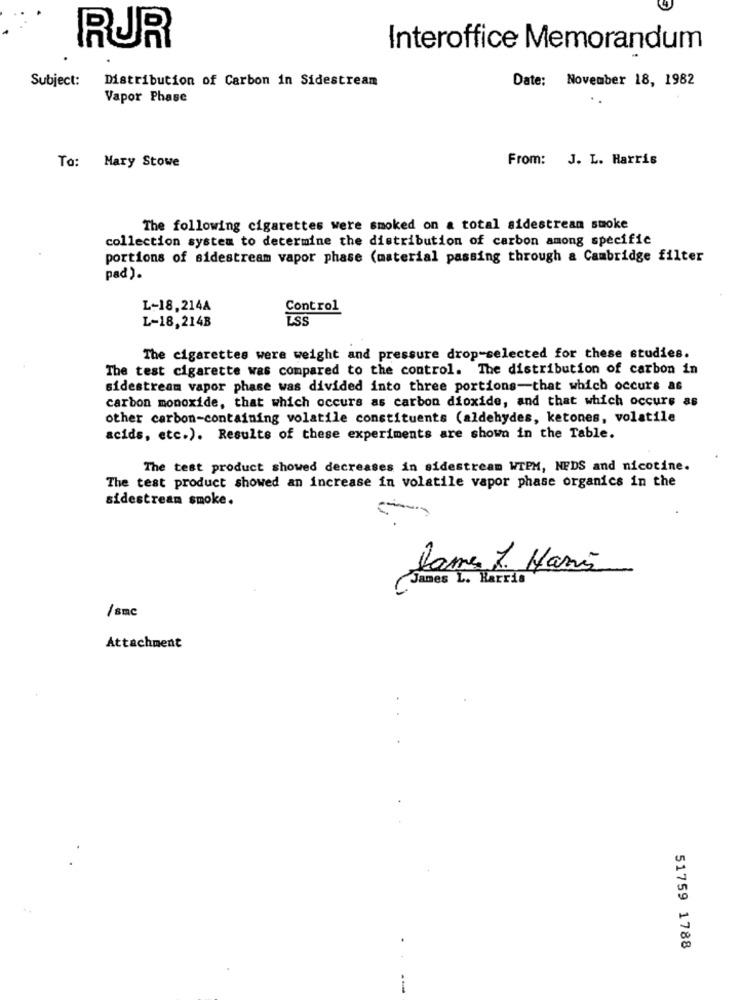
RUR
Interoffice Memorandum
Subject:
Distribution of Carbon in Sidestream
Date: November 18, 1982
Vapor Phase
To: Mary Stowe
From: J. L. Harris
The following cigarettes were smoked on a total sidestream smoke
collection system to determine the distribution of carbon among specific
portions of sidestream vapor phase (material passing through a Cambridge filter
pad).
L-18,2144
Control
L-18,214B
LSS
The cigarettes were weight and pressure drop-selected for these studies.
The test cigarette was compared to the control. The distribution of carbon in
sidestream vapor phase was divided into three portions-that which occurs as
carbon monoxide, that which occurs as carbon dioxide, and that which occurs as
other carbon-containing volatile constituents (aldehydes, ketones, volatile
acids, etc.). Results of these experiments are shown in the Table.
The test product showed decreases in sidestream WTPM, NEDS and nicotine.
The test product showed an increase in volatile vapor phase organics in the
sidestream smoke.
Dame 1. Harris
James L. Harris
/ smc
Attachment
51759 1788